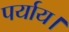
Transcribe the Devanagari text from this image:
पर्याय।